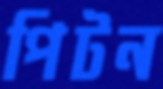
পিটন